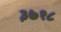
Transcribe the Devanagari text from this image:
३७१८